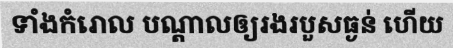
ទាំងកំរោល បណ្តាលឲ្យរងរបួសធ្ងន់ ហើយ